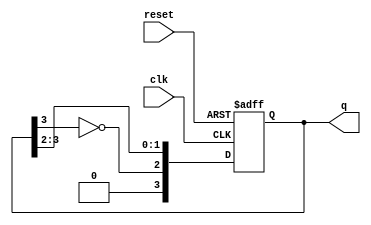
module johnson_counter #(
    parameter N = 4  // Number of flip-flops
)(
    input wire clk,      // Clock input
    input wire reset,    // Asynchronous reset
    output reg [N-1:0] q // Output state of the counter
);

    always @(posedge clk or posedge reset) begin
        if (reset) begin
            q <= 0; // Reset the counter to 0
        end else begin
            // Johnson counter logic
            q <= {~q[N-1], q[N-1:N-2]}; // Shift and feedback inverted last bit
        end
    end

endmodule